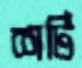
শর্টি